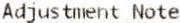
ADJUSTMENT NOTE